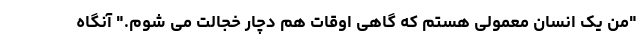
"من یک انسان معمولی هستم که گاهی اوقات هم دچار خجالت می شوم." آنگاه